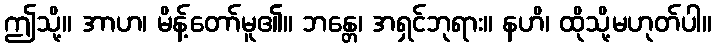
ဤသို့။ အာဟ၊ မိန့်တော်မူ၏။ ဘန္တေ၊ အရှင်ဘုရား။ နဟိ၊ ထိုသို့မဟုတ်ပါ။